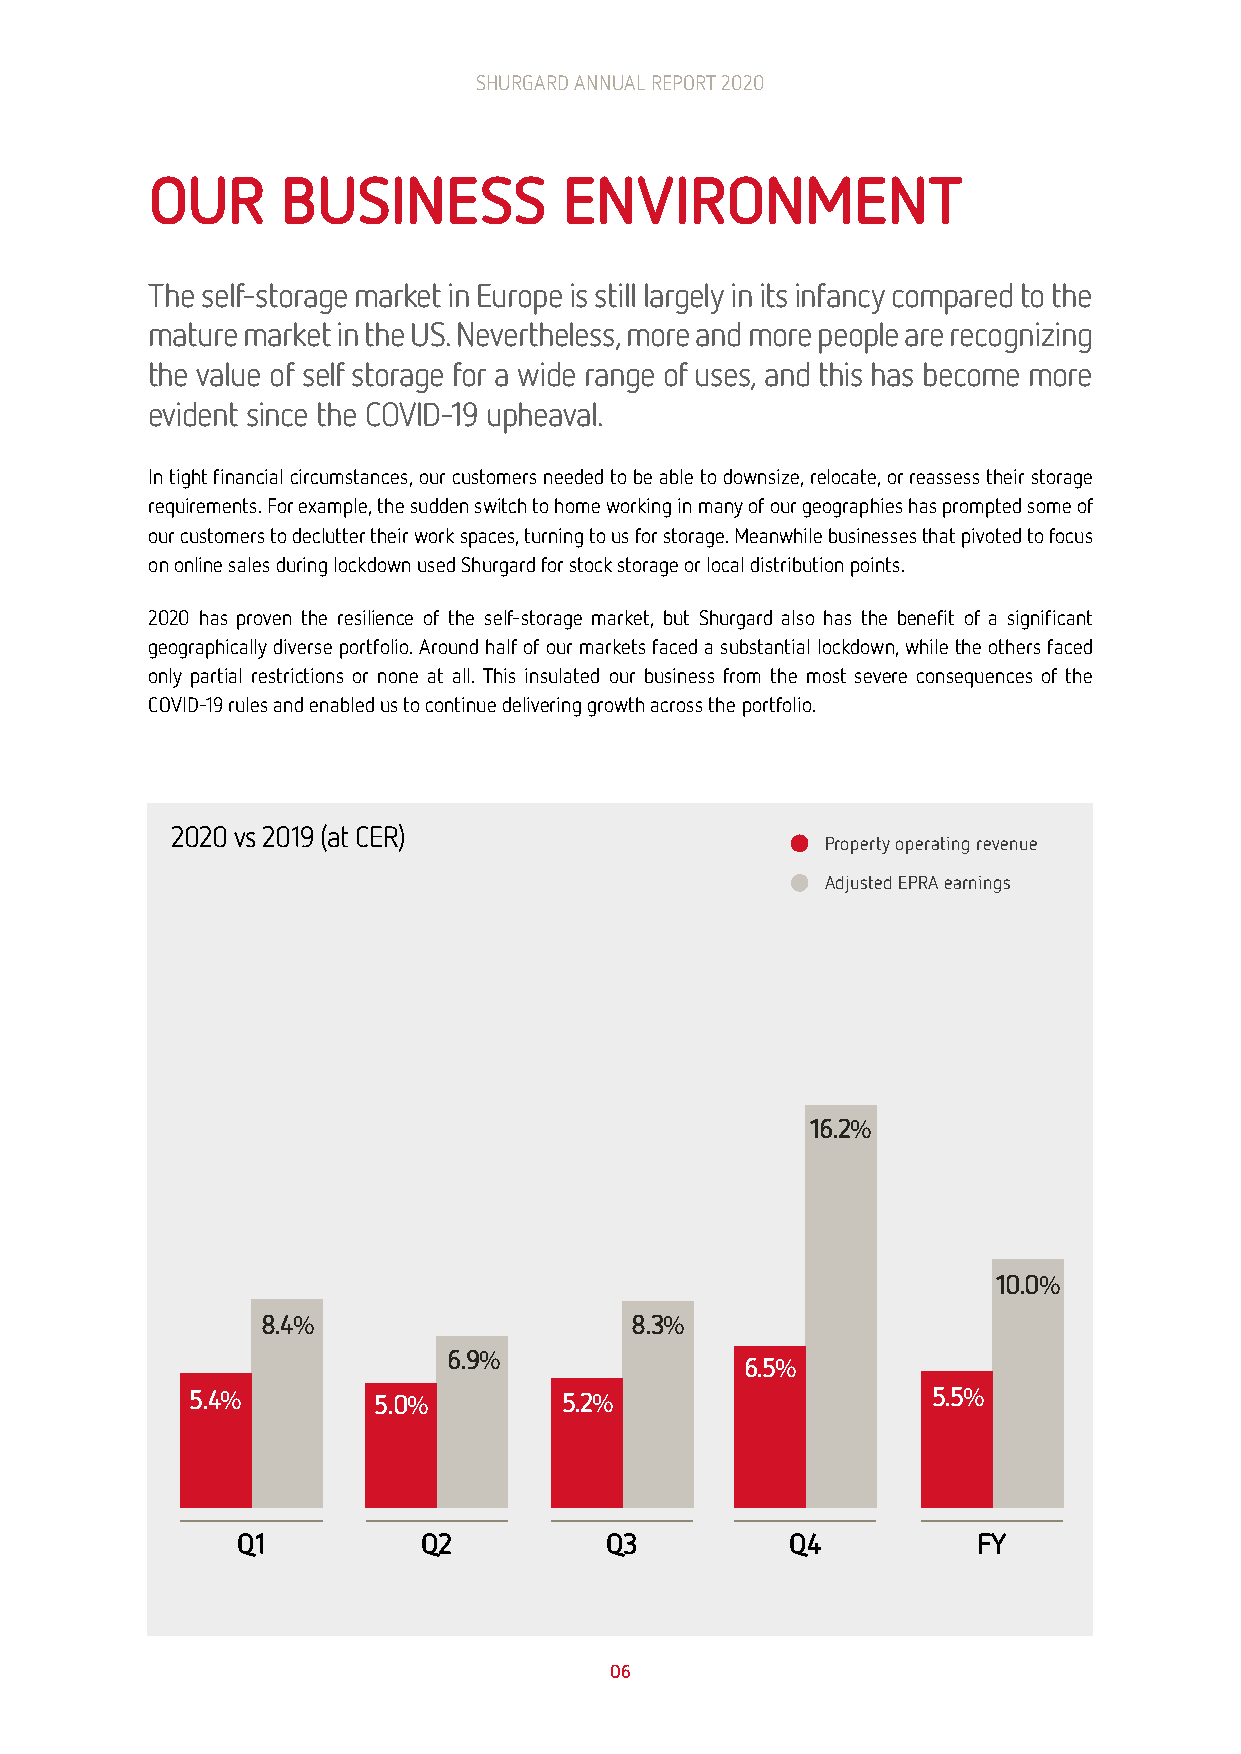
SHURGARD ANNUAL REPORT 2020                                                       SHURGARD ANNUAL REPORT 2020
 OUR      BUSINESS          ENVIRONMENT
 The self-storage market in Europe is still largely in its infancy compared to the
 mature market in the US. Nevertheless, more and more people are recognizing
 the value of self storage for a wide range of uses, and this has become more
 evident since the COVID-19 upheaval.
 In tight financial circumstances, our customers needed to be able to downsize, relocate, or reassess their storage
 requirements. For example, the sudden switch to home working in many of our geographies has prompted some of
 our customers to declutter their work spaces, turning to us for storage. Meanwhile businesses that pivoted to focus
 on online sales during lockdown used Shurgard for stock storage or local distribution points.
 2020 has proven the resilience of the self-storage market, but Shurgard also has the benefit of a significant
 geographically diverse portfolio. Around half of our markets faced a substantial lockdown, while the others faced
 only partial restrictions or none at all. This insulated our business from the most severe consequences of the
 COVID-19 rules and enabled us to continue delivering growth across the portfolio.
 2020 vs 2019 (at CER)
 Property operating revenue
 Adjusted EPRA earnings
 16.2%
 10.0%
 8.4%                     8.3%
 6.9%
 6.5%
 5.4%        5.0%        5.2%                     5.5%
 Q1          Q2          Q3          Q4           FY
 06